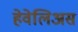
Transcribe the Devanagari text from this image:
हेवेलिअस